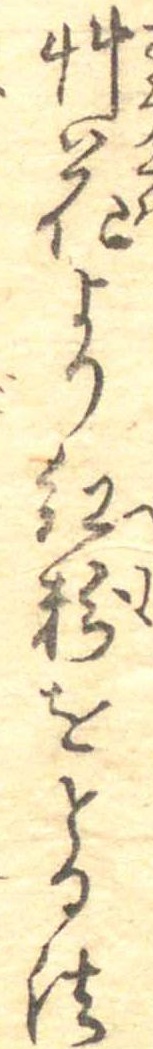
艸花より紅粉をとる法